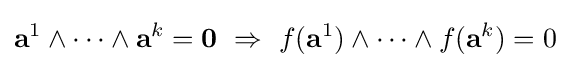
\mathbf {a} ^{1}\land \cdots \land \mathbf {a} ^{k}=\mathbf {0} \ \Rightarrow \ f(\mathbf {a} ^{1})\land \cdots \land f(\mathbf {a} ^{k})=0